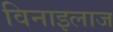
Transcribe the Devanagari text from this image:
विनाइलाज